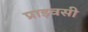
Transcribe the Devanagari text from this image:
प्राइवसी